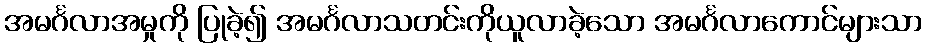
အမင်္ဂလာအမှုကို ပြုခဲ့၍ အမင်္ဂလာသတင်းကိုယူလာခဲ့သော အမင်္ဂလာကောင်များသာ